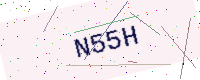
Text: N55H